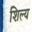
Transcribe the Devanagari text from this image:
शिल्य